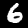
Digit: 6